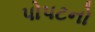
પોપટનો